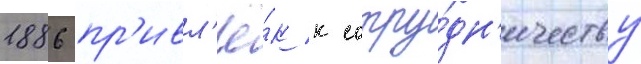
1886 пр'ивл'ё́к к сотру́дн'ичеству